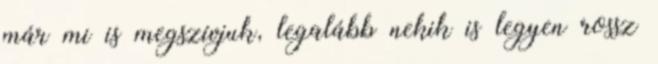
már mi is megszívjuk, legalább nekik is legyen rossz